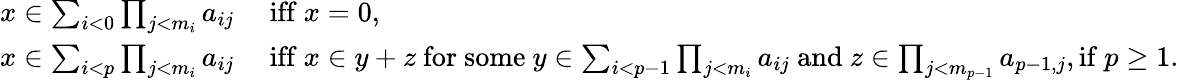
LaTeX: \begin{array}{rl}{x\in\sum_{i<0}\prod_{j<{m_{i}}}a_{ij}}&{\mathrm{~iff~}x=0,}\\ {x\in\sum_{i<p}\prod_{j<{m_{i}}}a_{ij}}&{\mathrm{~iff~}x\in y+z\mathrm{~for~some~}y\in\sum_{i<{p-1}}\prod_{j<{m_{i}}}a_{ij}\mathrm{~and~}z\in\prod_{j<m_{p-1}}a_{{p-1},j},\mathrm{if}\ p\geq 1.}\end{array}